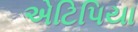
એટિપિયા